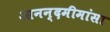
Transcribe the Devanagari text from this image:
आनन्दमीमांसा